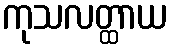
ကုသလတ္ထာယ